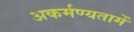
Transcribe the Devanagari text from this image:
अकर्मण्यतामें